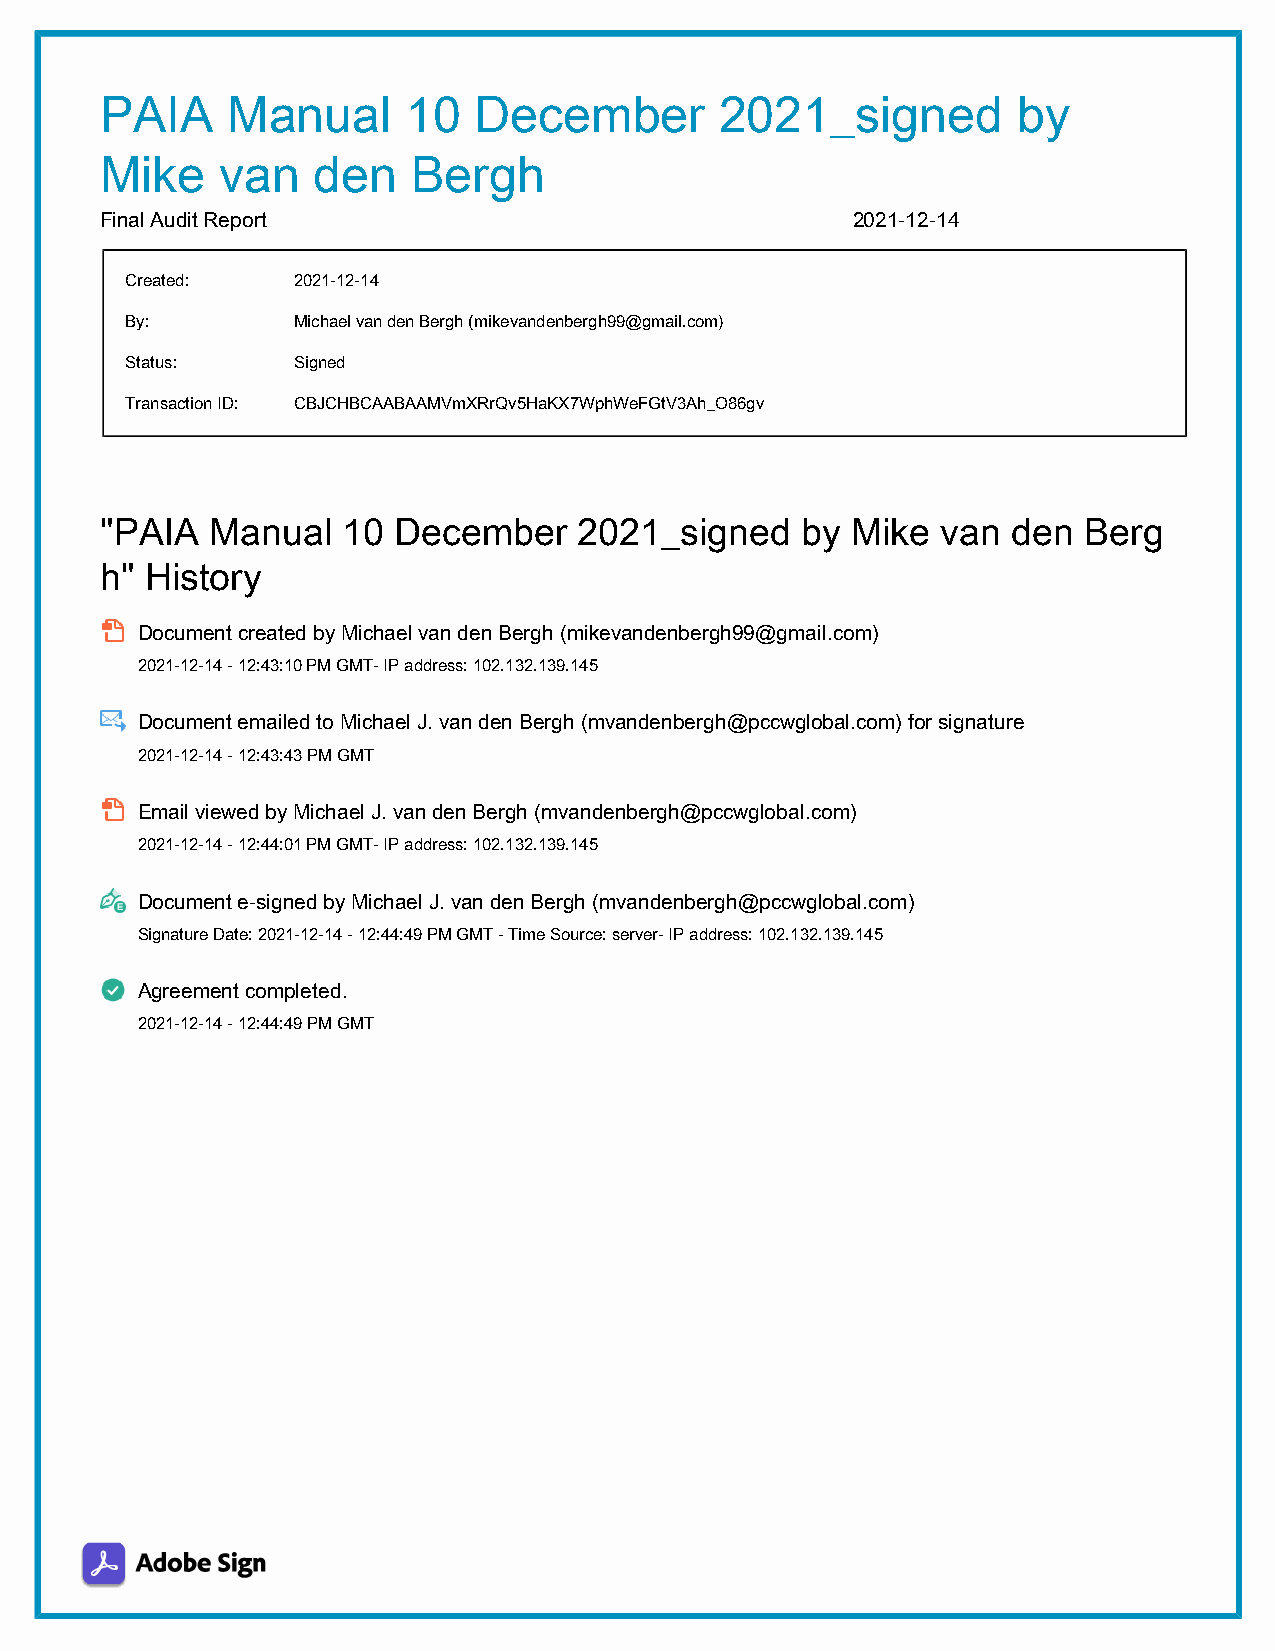
PAIA    Manual      10  December         2021_signed        by
 Mike    van   den   Bergh
 Final Audit Report                               2021-12-14
 Created:   2021-12-14
 By:        Michael van den Bergh (mikevandenbergh99@gmail.com)
 Status:    Signed
 Transaction ID: CBJCHBCAABAAMVmXRrQv5HaKX7WphWeFGtV3Ah_O86gv
 "PAIA  Manual   10 December    2021_signed    by Mike  van  den  Berg
 h" History
 Document created by Michael van den Bergh (mikevandenbergh99@gmail.com)
 2021-12-14 - 12:43:10 PM GMT- IP address: 102.132.139.145
 Document emailed to Michael J. van den Bergh (mvandenbergh@pccwglobal.com) for signature
 2021-12-14 - 12:43:43 PM GMT
 Email viewed by Michael J. van den Bergh (mvandenbergh@pccwglobal.com)
 2021-12-14 - 12:44:01 PM GMT- IP address: 102.132.139.145
 Document e-signed by Michael J. van den Bergh (mvandenbergh@pccwglobal.com)
 Signature Date: 2021-12-14 - 12:44:49 PM GMT - Time Source: server- IP address: 102.132.139.145
 Agreement completed.
 2021-12-14 - 12:44:49 PM GMT